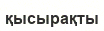
қысырақты